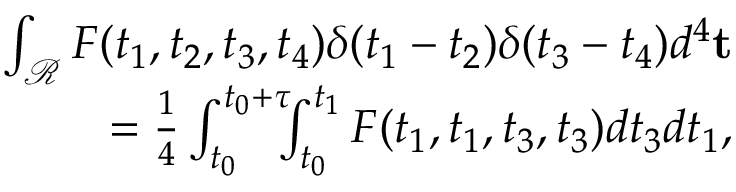
\begin{array} { r } { \int _ { \mathcal { R } } F ( t _ { 1 } , t _ { 2 } , t _ { 3 } , t _ { 4 } ) \delta ( t _ { 1 } - t _ { 2 } ) \delta ( t _ { 3 } - t _ { 4 } ) d ^ { 4 } \mathbf { t } } \\ { = \frac { 1 } { 4 } \int _ { t _ { 0 } } ^ { t _ { 0 } + \tau } \! \! \! \int _ { t _ { 0 } } ^ { t _ { 1 } } F ( t _ { 1 } , t _ { 1 } , t _ { 3 } , t _ { 3 } ) d t _ { 3 } d t _ { 1 } , } \end{array}